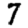
Digit: 7